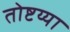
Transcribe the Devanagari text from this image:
तोष्टय्या